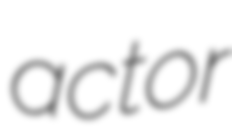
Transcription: actor